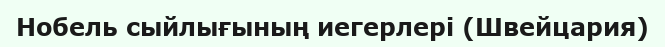
Нобель сыйлығының иегерлері (Швейцария)